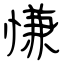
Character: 慊